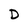
Character: D